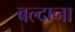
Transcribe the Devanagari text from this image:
बल्दाना